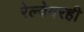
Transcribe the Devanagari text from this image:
रेल्वेवरही